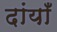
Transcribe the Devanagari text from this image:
दांयाँ